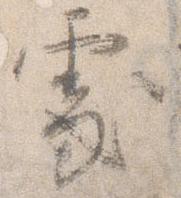
処